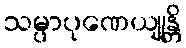
သမ္ပာပုဏေယျုန္တိ